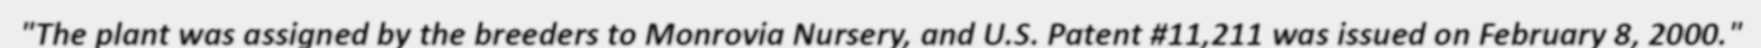
"The plant was assigned by the breeders to Monrovia Nursery, and U.S. Patent #11,211 was issued on February 8, 2000."